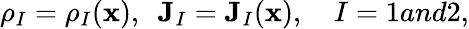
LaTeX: \rho_{I}=\rho_{I}(\mathbf{x}),~~\mathbf{J}_{I}=\mathbf{J}_{I}(\mathbf{x}),~~~~I=1and2,